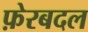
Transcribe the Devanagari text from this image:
फ़ेरबदल